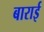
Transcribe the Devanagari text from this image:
बाराई